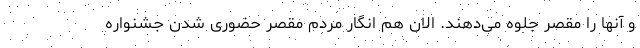
و آنها را مقصر جلوه می‌دهند. الان هم انگار مردم مقصر حضوری شدن جشنواره